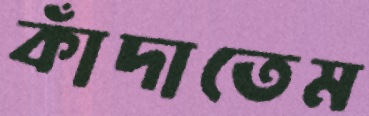
কাঁদাতেম